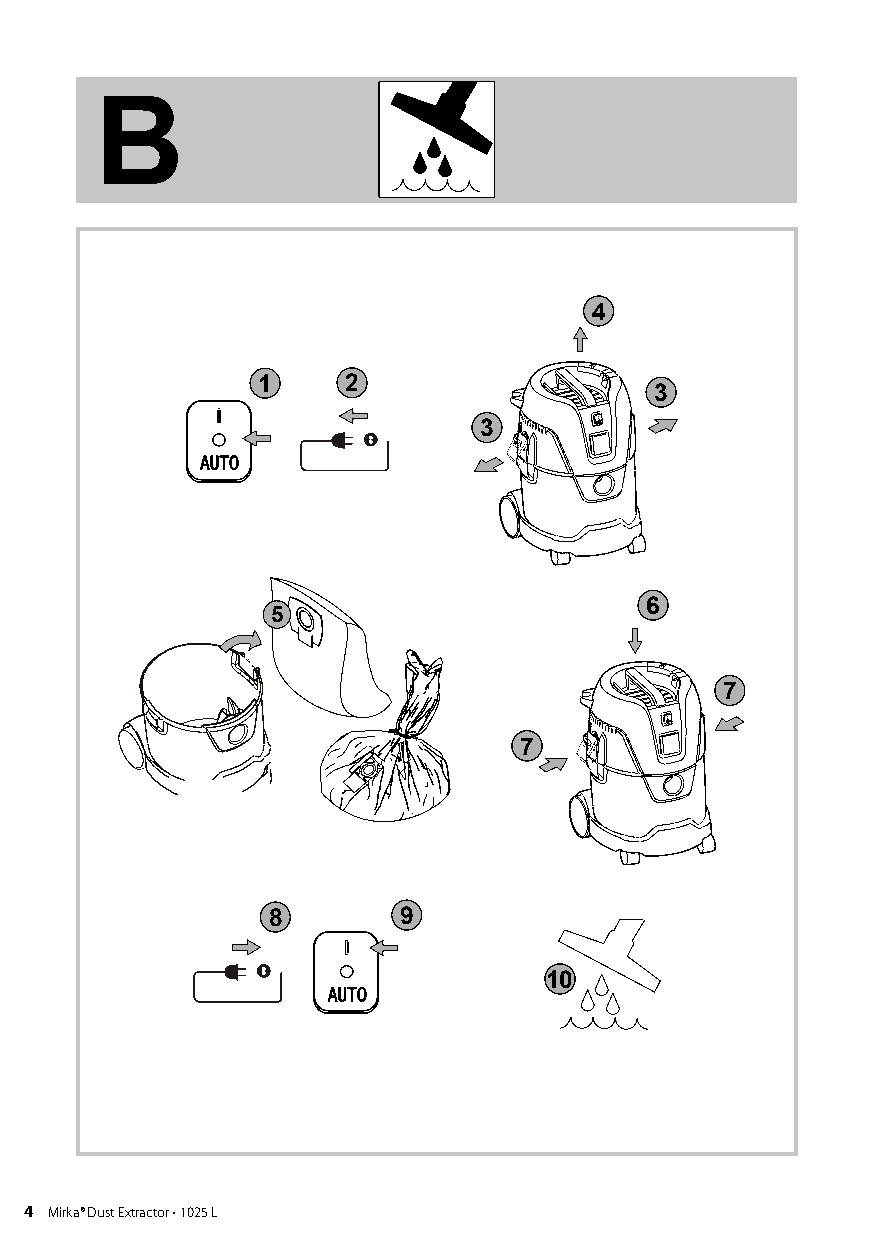
Mirka 1225
 B
 4
 1     2
 3
 3
 6
 5
 7
 7
 8       9
 10
 4 Mirka4 ® Dust Extractor • 1025 L